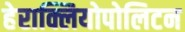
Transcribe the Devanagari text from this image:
हेराक्लियोपोलिटन